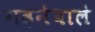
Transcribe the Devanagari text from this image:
गढ़नेवाले